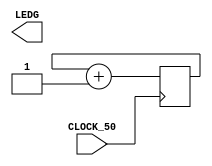
module test (CLOCK_50,LEDG);
	//IO ports declaration
	input CLOCK_50;
	output [7:0]LEDG;
	
	//cnt reg
	reg [5:0]cnt;
	
	//LED TEST
	always@(posedge CLOCK_50)
	begin
		cnt <= cnt + 1'b1;//cnt += 1
	end
	
	assign LEDG[6] = cnt[5];//assign ledg7 to cnt[24]
endmodule